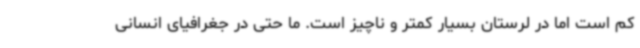
کم است اما در لرستان بسیار کمتر و ناچیز است. ما حتی در جغرافیای انسانی